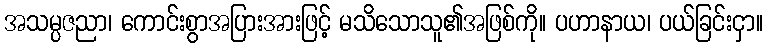
အသမ္ပဇညာ၊ ကောင်းစွာအပြားအားဖြင့် မသိသောသူ၏အဖြစ်ကို။ ပဟာနာယ၊ ပယ်ခြင်းငှာ။